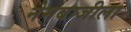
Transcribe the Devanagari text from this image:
नेमबाजीला